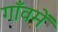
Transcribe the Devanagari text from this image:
गाँवमें